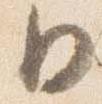
日